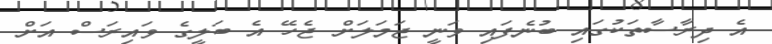
އެ ދިރާސާތަކުގައި ބުނެފައި ވަނީ ޖަމަލަށް ޖެހޭ އެ ބަލީގެ ވައިރަސް އަށް